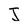
Character: J